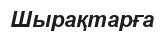
Шырақтарға